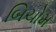
બિચોમ